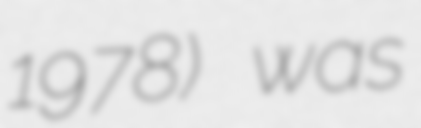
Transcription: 1978) was